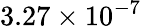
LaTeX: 3.27\times 10^{-7}